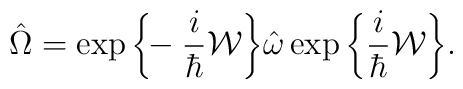
\hat{\Omega}=\exp\bigg\{\!\!-\frac{i}{\hbar}{\cal W}\bigg\}\hat{\omega} \exp\bigg\{\frac{i}{\hbar}{\cal W}\bigg\}.